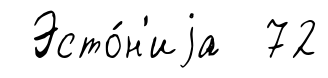
Эсто́н'иjа 72